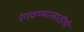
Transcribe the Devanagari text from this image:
रंगवण्यासाठीही